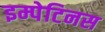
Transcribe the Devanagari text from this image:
इम्पेटिनस